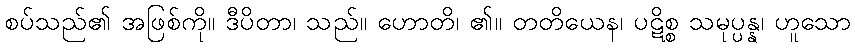
စပ်သည်၏ အဖြစ်ကို။ ဒီပိတာ၊ သည်။ ဟောတိ၊ ၏။ တတိယေန၊ ပဋိစ္စ သမုပ္ပန္န၊ ဟူသော